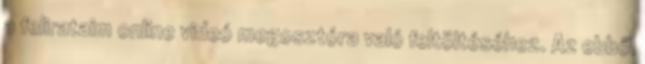
a felirataim online videó megosztóra való feltöltéséhez. Az ebből